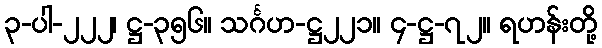
၃-ပါ-၂၂၂၊ ဋ္ဌ-၃၅၆။ သင်္ဂဟ-ဋ္ဌ၂၂၁။ ၄-ဋ္ဌ-၇၂။ ရဟန်းတို့